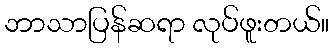
ဘာသာပြန်ဆရာ လုပ်ဖူးတယ်။